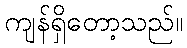
ကျန်ရှိတော့သည်။